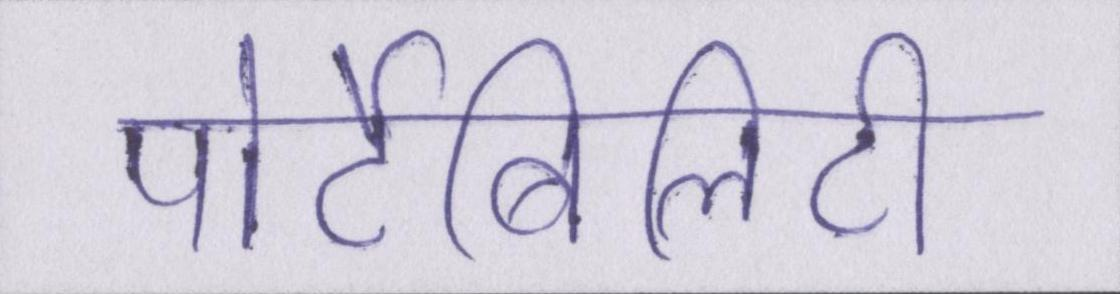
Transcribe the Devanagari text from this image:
पोर्टेबिलिटी